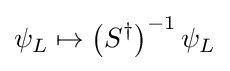
\psi _{L}\mapsto \left(S^{\dagger }\right)^{-1}\psi _{L}